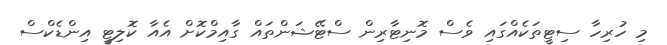
މި ހުރިހާ ސިޓީތަކެއްގައި ވެސް މޮނިޓާރިން ސްޓޭޝަންތައް ގާއިމްކޮށް އެއާ ކޮލިޓީ އިންޑެކްސް